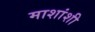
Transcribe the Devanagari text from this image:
माशांशी